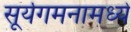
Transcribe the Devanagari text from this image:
सूर्यगमनामध्ये